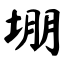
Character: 堋